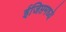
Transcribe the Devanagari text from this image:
ईजिप्तमध्ये